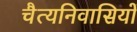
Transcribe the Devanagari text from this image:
चैत्यनिवासियों